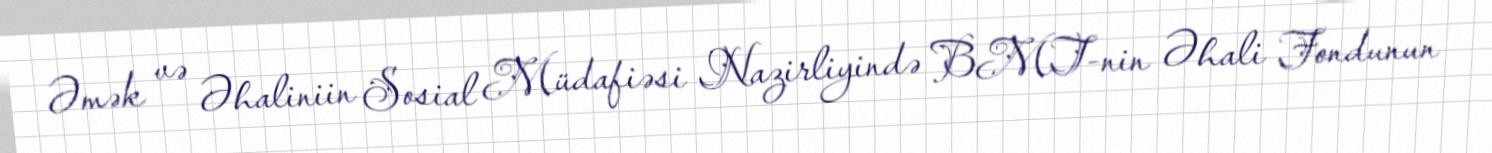
Əmək və Əhaliniin Sosial Müdafiəsi Nazirliyində BMT-nin Əhali Fondunun